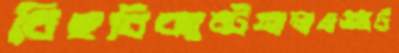
বিছবিক্যান্টনালএক্সট্